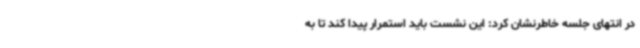
در انتهای جلسه خاطرنشان کرد: این نشست باید استمرار پیدا کند تا به